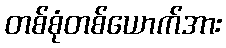
တစ်စုံတစ်ယောက်အား